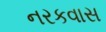
નરકવાસ